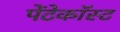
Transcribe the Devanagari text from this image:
पेंटेकॉस्ट